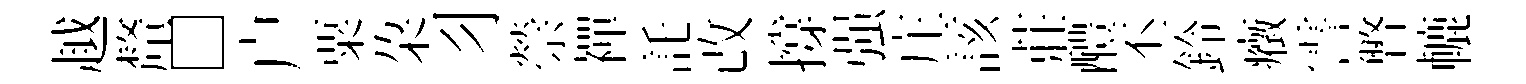
越釐□户粟朶习禜襌託改撐强庄該莊醴丕鈴癥霅瞥轆